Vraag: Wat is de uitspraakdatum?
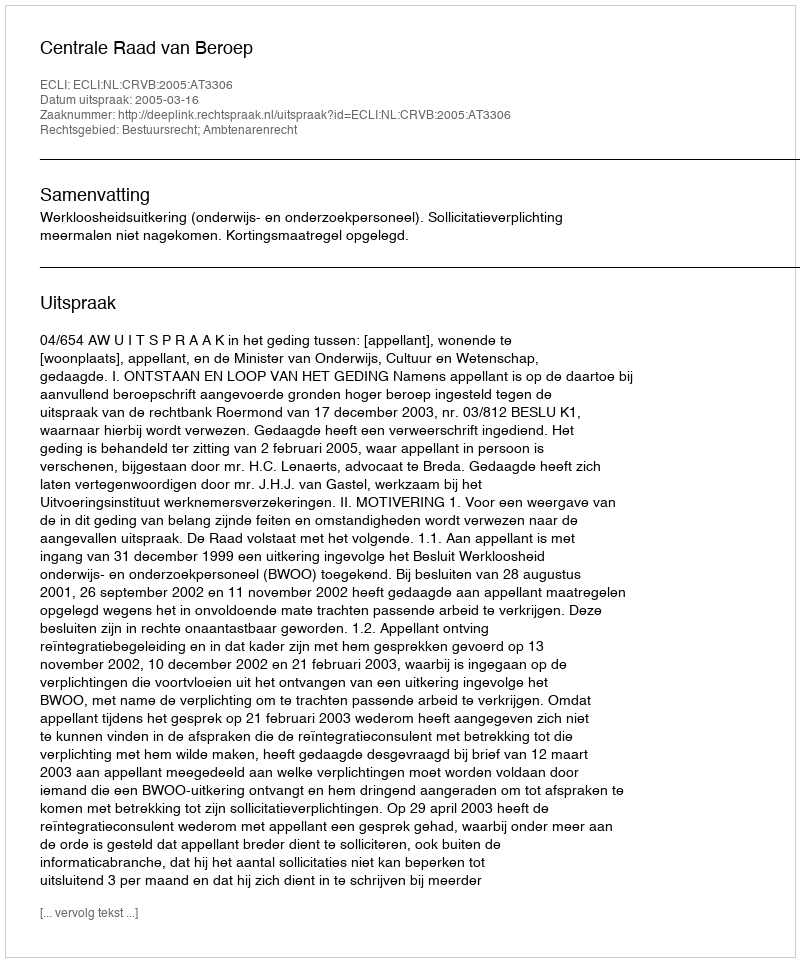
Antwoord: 2005-03-16